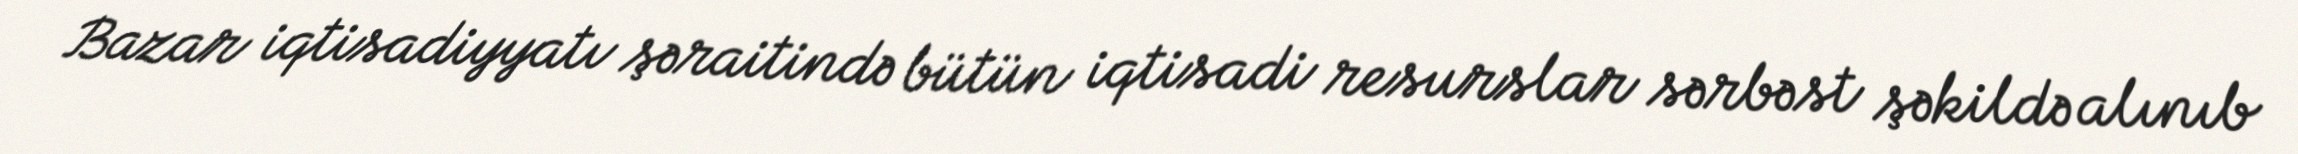
Bazar iqtisadiyyatı şəraitində bütün iqtisadi resurslar sərbəst şəkildə alınıb